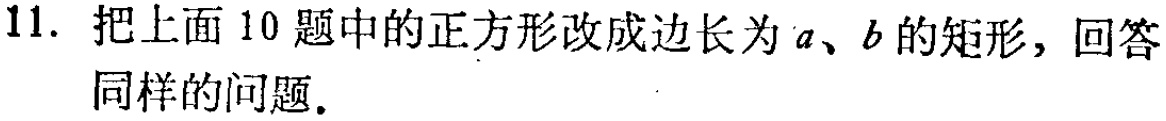
11. 把上面10题中的正方形改成边长为\(a\)、\(b\)的矩形，回答同样的问题.